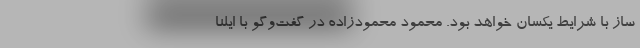
ساز با شرایط یکسان خواهد بود. محمود محمودزاده در گفت‌وگو با ایلنا